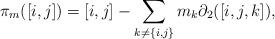
LaTeX: \begin{gather*}\pi_m([i,j]) = [i,j] - \sum_{k\neq \{i,j\}} m_k \partial_2([i,j,k]),\end{gather*}